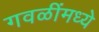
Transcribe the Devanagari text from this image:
गवळींमध्ये